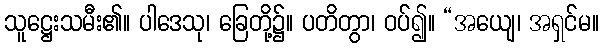
သူဋ္ဌေးသမီး၏။ ပါဒေသု၊ ခြေတို့၌။ ပတိတွာ၊ ဝပ်၍။ “အယျေ၊ အရှင်မ။